Vaccination Hyderabad 1872-1889 - 1872-1889
Year: 1872
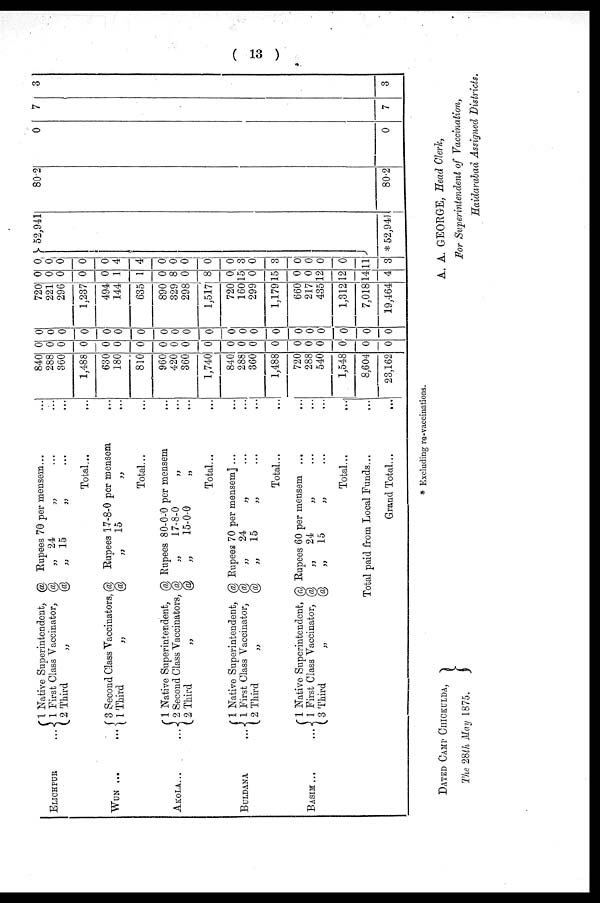
( 13 )
ELICHPUR ...
1 Native Superintendent, @. Rupees 70 per mensem... ...
1 First Class Vaccinator, @ „ 24
„ ... ...
2 Third
„
@ „ 15
„ ... ...
Total... ...
WUN ... ...
3 Second Glass Vaccinators, @ Rupees 17-8-0 per mensem ...
1Third
„
@
„
15 „ ...
Total... ...
AKOLA... ...
1 Native Superintendent, @ Rupees 80-0-0 per mensem ...
2 Second Class Vaccinators, @
„
17-8-0
„ ...
2 Third
„
@
„
15-0-0
Total... ...
BULDANA ...
1 Native Superintendent, @ Rupees 70 per mensem ... ...
1 First Class Vaccinator, @
„
24
„ ... ...
2 Third
„
@
„
15 „ ... ...
Total... ...
BASIM... ...
1 Native Superintendent, @ Rupees 60 per mensem ... ...
1 First Class Vaccinator, @
„
24
„ ... ...
3 Third
„
@
„
15
„ ... ...
Total... ...
Total paid from Local Funds...
...
Grand Total... ...
840
288
360
1,488
630
180
810
960
420
360
1,740
840
288
360
1,488
720
288
540
1,548
8,604
23,162
0
0
0
0
0
0
0
0
0
0
0
0
0
0
0
0
0
0
0
0
0
0
0
0
0
0
0
0
0
0
0
0
0
0
0
0
0
0
0
0
0
0
720
221
296
1,237
494
144
635
890
329
298
1,517
720
160
299
1,179
660
217
435
1,312
7,018
19,464
0
0
0
0
0
1
1
0
8
0
8
0
15
0
15
0
0
12
12
14
4
0
0
0
0
0
4
4
0
0
0
0
0
3
0
3
0
0
0
0
11
3
52,941
* 52,941
80.2
80.2
0
0
7
7
3
3
* Excluding re-vaccinations.
DATED CAMP CHICKULDA,
The 28th May 1875.
A. A. GEORGE, Head Clerk,
For Superintendent of Vaccination,
Haidarabad Assigned Districts.